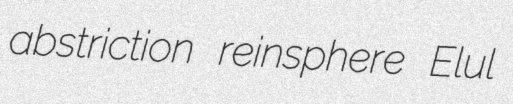
abstriction reinsphere Elul